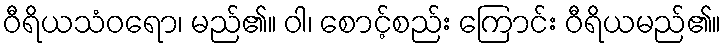
ဝီရိယသံဝရော၊ မည်၏။ ဝါ၊ စောင့်စည်း ကြောင်း ဝီရိယမည်၏။